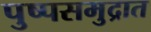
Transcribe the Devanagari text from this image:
पुष्पसमुद्रात